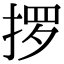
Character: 𫽋